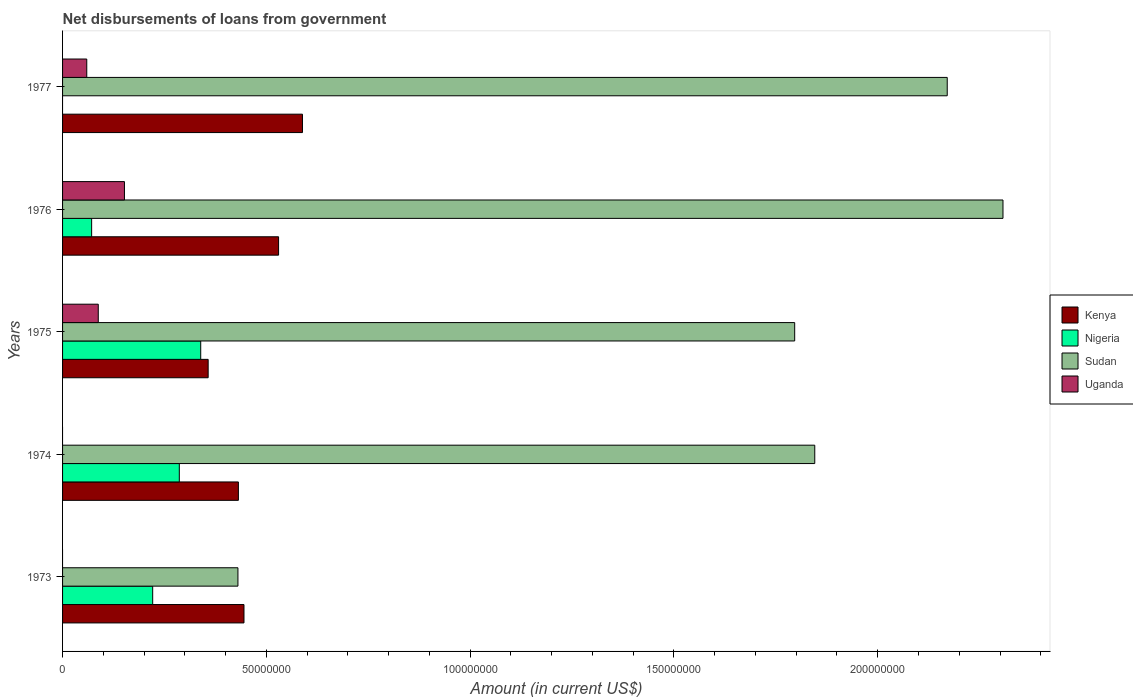
| Years | Kenya | Nigeria | Sudan | Uganda |
 | --- | --- | --- | --- | --- |
 | 1973 | 4.45e+07 | 2.21e+07 | 4.3e+07 | -1.27e+06 |
 | 1974 | 4.31e+07 | 2.86e+07 | 1.85e+08 | -1.84e+06 |
 | 1975 | 3.57e+07 | 3.39e+07 | 1.8e+08 | 8.76e+06 |
 | 1976 | 5.3e+07 | 7.13e+06 | 2.31e+08 | 1.52e+07 |
 | 1977 | 5.89e+07 | -6.83e+06 | 2.17e+08 | 5.94e+06 |